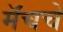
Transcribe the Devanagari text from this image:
मॅचचे